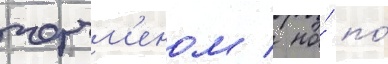
черчм'еном / но́ по́